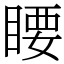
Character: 䁏